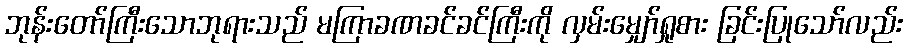
ဘုန်းတော်ကြီးသောဘုရားသည် မကြာခဏခင်ခင်ကြီးကို လှမ်းမျှော်ရှုစား ခြင်းပြုသော်လည်း